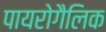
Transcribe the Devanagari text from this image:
पायरोगैलिक